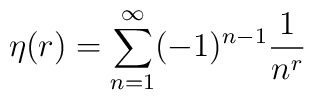
\eta(r)=\sum_{n=1}^\infty(-1)^{n-1} {1\over n^r}